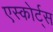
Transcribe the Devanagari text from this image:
एस्कोर्ट्स